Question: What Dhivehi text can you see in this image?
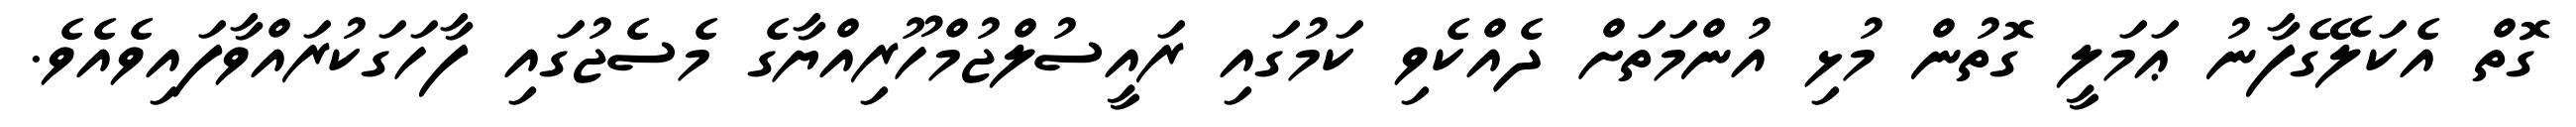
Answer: ގޮތް އެކަލޭގެފާނު ޢަމަލީ ގޮތުން މުޅި އުންމަތަށް ދެއްކެވި ކަމުގައި ރައީސުލްޖުމްހޫރިއްޔާގެ މެސެޖުގައި ފާހަގަކުރައްވާފައިވެއެވެ.